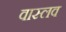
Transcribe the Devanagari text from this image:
वास्लव